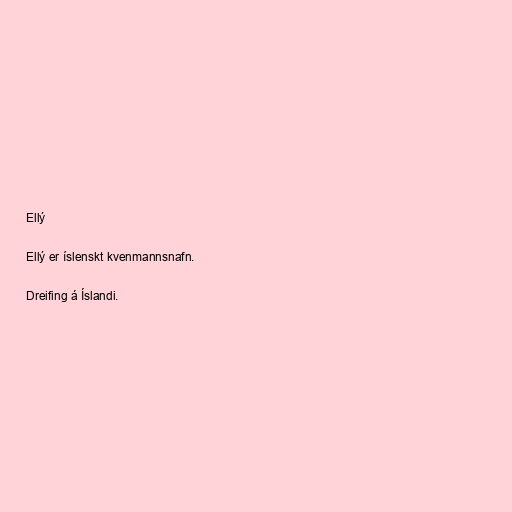
Ellý

Ellý er íslenskt kvenmannsnafn.

Dreifing á Íslandi.